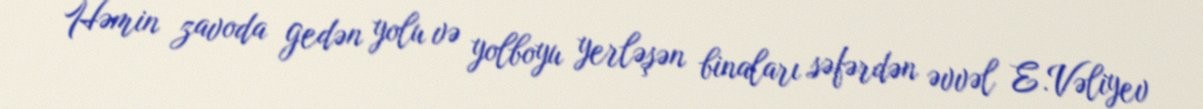
Həmin zavoda gedən yolu və yolboyu yerləşən binaları səfərdən əvvəl E.Vəliyev